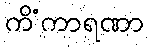
ကိံကာရဏာ